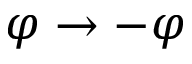
\varphi \rightarrow - \varphi